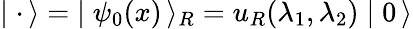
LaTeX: \mid{\mathbf\cdot}\, \rangle=\; \mid\psi_{0}(x)\, \rangle_{R}=u_{R}(\lambda_{1},\lambda_{2})\mid 0\, \rangle